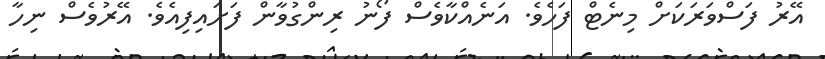
އޭރު ފަސްވަރަކަށް މިނެޓް ފަހެވެ. އަނެއްކާވެސް ފޯނު ރިންގުވާން ފަށައިފިއެވެ. އޭރުވެސް ނިހާ